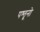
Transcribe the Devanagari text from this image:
पश्तूनो